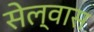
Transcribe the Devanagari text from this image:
सेल्वास